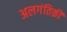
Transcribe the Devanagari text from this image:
अलगंतिक़ी